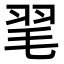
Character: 毣